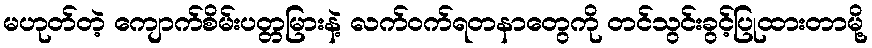
မဟုတ်တဲ့ ကျောက်စိမ်းပတ္တမြားနဲ့ လက်ဝက်ရတနာတွေကို တင်သွင်းခွင့်ပြုထားတာမို့